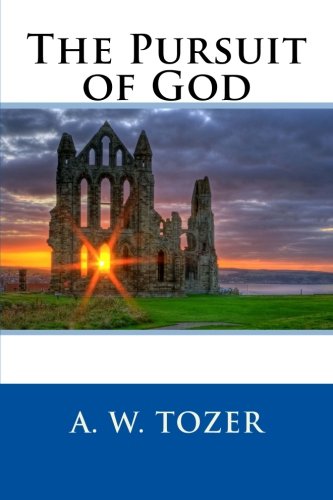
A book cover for The Pursuit of God; A. W. Tozer; Christian Books & Bibles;